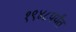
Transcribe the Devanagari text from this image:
१९४८पर्यंत